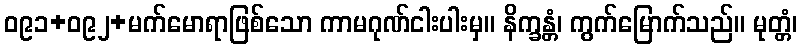
ဝ၉၁+ဝ၉၂+မက်မောရာဖြစ်သော ကာမဂုဏ်ငါးပါးမှ။ နိက္ခန္တံ၊ ကွက်မြောက်သည်။ မုတ္တံ၊